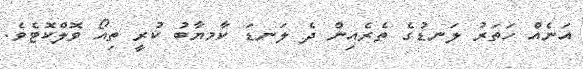
އަނެއް ހަތަރު ލަނޑުގެ ތެރެއިން ދެ ލަނޑަ ކާމޔާބު ކުރީ ތިއޯ ވޮލްކޮޓެވެ.